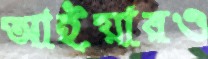
আইয়ারও